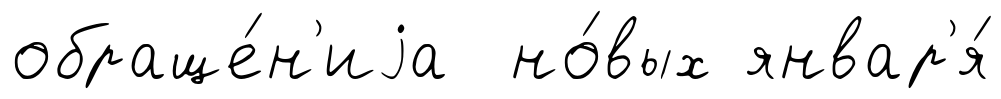
обраще́н'иjа но́вых январ'я́